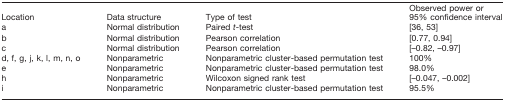
| Location | Data structure | Type of test | Observed power or 95% confidence interval |
 | --- | --- | --- | --- |
 | a | Normal distribution | Paired t-test | [36, 53] |
 | b | Normal distribution | Pearson correlation | [0.77, 0.94] |
 | c | Normal distribution | Pearson correlation | [–0.82, –0.97] |
 | d, f, g, j, k, l, m, n, o | Nonparametric | Nonparametric cluster-based permutation test | 100% |
 | e | Nonparametric | Nonparametric cluster-based permutation test | 98.0% |
 | h | Nonparametric | Wilcoxon signed rank test | [–0.047, –0.002] |
 | i | Nonparametric | Nonparametric cluster-based permutation test | 95.5% |